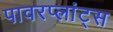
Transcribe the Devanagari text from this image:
पावरप्लांट्स